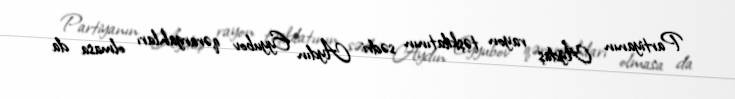
Partiyanın Ağdaş rayon təşkilatının sədri Aydın Eyyubov qərargahları olmasa da